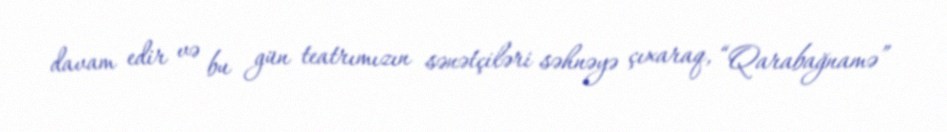
davam edir və bu gün teatrımızın sənətçiləri səhnəyə çıxaraq, “Qarabağnamə”